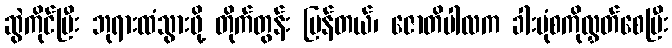
ဆွဲကိုင်ပြီး ဘုရားထံသွားဖို့ တိုက်တွန်း ပြန်တယ်၊ ဇောတိပါလက ခါးပုံစကိုလွှတ်စေပြီး